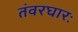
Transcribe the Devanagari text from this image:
तंवरघारः